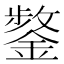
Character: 𮢸